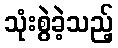
သုံးစွဲခဲ့သည့်